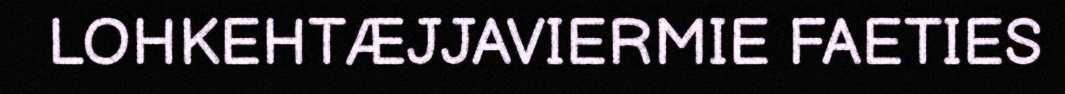
LOHKEHTÆJJAVIERMIE FAETIES